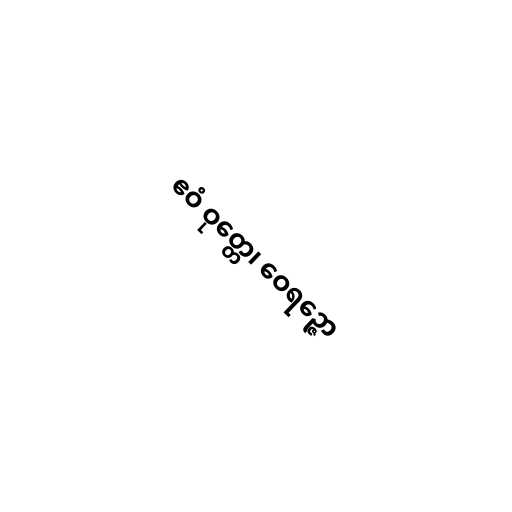
ဧဝံ ဝုတ္တေ၊ ဝေရဉ္ဇော